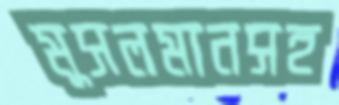
মুসলমানসহ